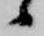
候